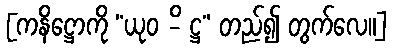
[ကနိဋ္ဌောကို “ယုဝ -ိ ဋ္ဌ” တည်၍ တွက်လေ။]